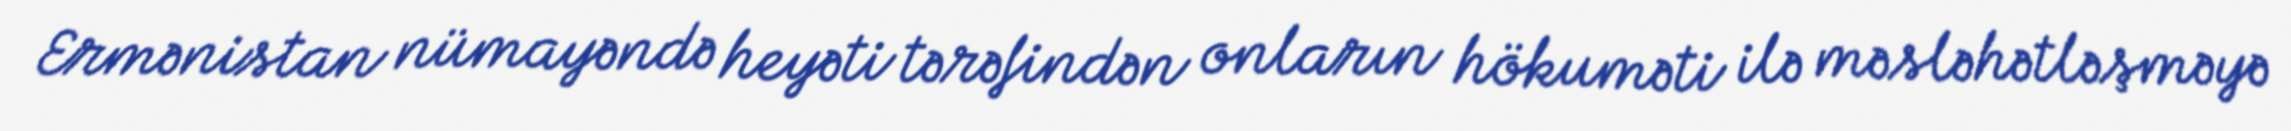
Ermənistan nümayəndə heyəti tərəfindən onların hökuməti ilə məsləhətləşməyə